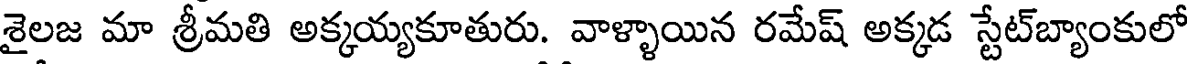
శైలజ మా శ్రీమతి అక్కయ్యకూతురు. వాళ్ళాయిన రమేష్ అక్కడ స్టేట్బ్యాంకులో